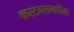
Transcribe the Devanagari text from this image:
कस्टम्समधील